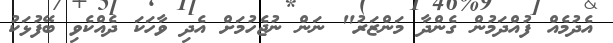
އެދުމެއް ފުއްދަމުން ގެންދާ މަންޒަރު" ނަން ނުޖެހުމަށް އެދި ވާހަކަ ދެއްކެވި ބޭފުޅަކު